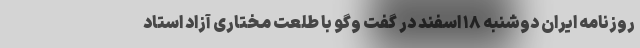
روزنامه ایران دوشنبه ۱۸ اسفند در گفت وگو با طلعت مختاری آزاد استاد